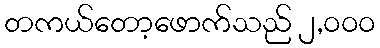
တကယ်တော့ဖောက်သည် ၂,၀၀၀